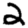
Digit: 2